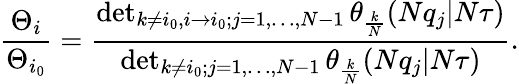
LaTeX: {\frac{\Theta_{i}}{\Theta_{i_{0}}}}={\frac{\operatorname*{det}_{k\neq i_{0},i\to i_{0};j=1,\dots,N-1}\theta_{\frac{k}{N}}(Nq_{j}|N\tau)}{\operatorname*{det}_{k\neq i_{0};j=1,\dots,N-1}\theta_{\frac{k}{N}}(Nq_{j}|N\tau)}}.